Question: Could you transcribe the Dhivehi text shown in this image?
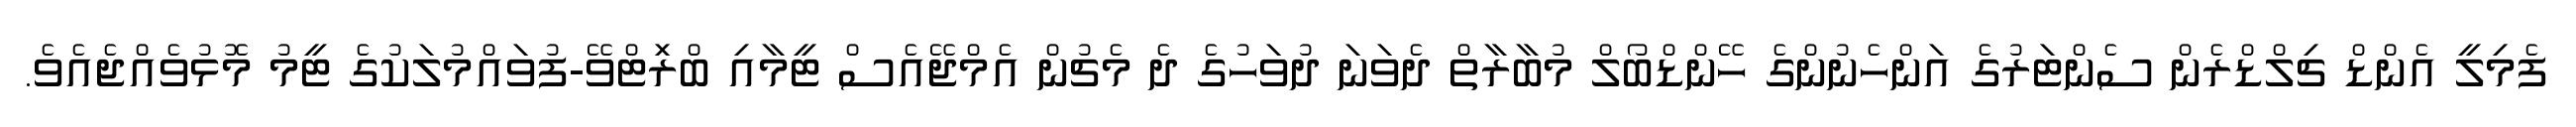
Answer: ފެމިލީ އެންޑް ޗިލްޑްރެން ސެންޓަރުގެ އަންހެނުންގެ ހޭންޑްބޯލް މުބާރާތް ދެވަނަ ދުވަހުގެ ދެ މެޗުން އެމްޖޭއެސް ޓީމާއި ބްރަިޓްވޭ-ފުވައްމުލަކުގެ ޓީމު މޮޅުވެއްޖެއެވެ.